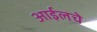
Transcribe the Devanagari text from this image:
आईलचे